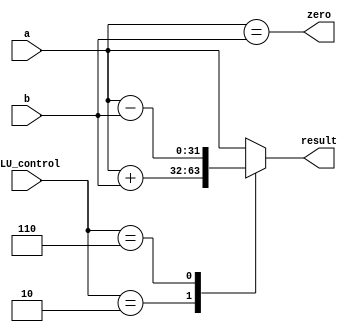
`timescale 1ns / 1ps
//////////////////////////////////////////////////////////////////////////////////
// Company: 
// Engineer: 
// 
// Design Name: 
// Module Name: ALU
// Project Name: 
// Target Devices: 
// Tool Versions: 
// Description: 
// 
// Dependencies: 
// 
// Revision:
// Revision 0.01 - File Created
// Additional Comments:
// 
//////////////////////////////////////////////////////////////////////////////////


module ALU(a,b,ALU_control,result,zero);
input [31:0]a;
input [31:0]b;
input [3:0]ALU_control;
output [31:0]result;
output zero;
reg [31:0]result=0;
parameter ADD = 4'b0010;
parameter SUB = 4'b0110;
//parameter SLL = 4'b010;
parameter OR = 4'b0001;
//parameter AND = 4'b0000;
//parameter SLTU = 4'b101;
//parameter SLT = 4'b1111;
//parameter XOR = 4'b111; 
assign zero= a==b;
always@(a,b,ALU_control)
begin
    case(ALU_control)    //
    ADD : result = a + b;  //
    SUB ://begin 
    //if(a<b)result =32'hffffffff-b+a+1 ;  //
     result=a-b;
    //end
    //SLL : result = b << a;  //BA
    //OR : result = b | a;  //
//    AND : result = a & b;  //
    //SLTU : result = a < b;  //A<B
    //SLT : result = a[31] != b[31] ? a[31] > b[31] : a < b;    //A<B
    //XOR : result = a ^ b;    //
    default : result = a;
    endcase
end
endmodule